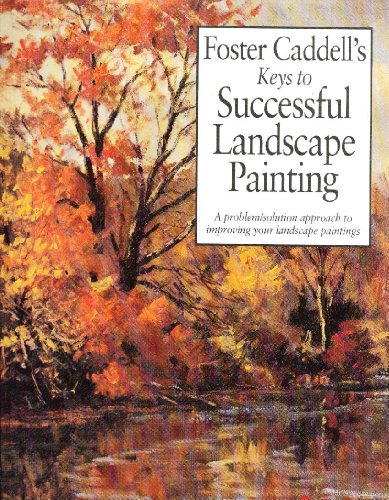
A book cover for Foster Caddell's Keys to Successful Landscape Painting: A Problem/Solution Approach to Improving Your Landscape Paintings; Foster Caddell; Arts & Photography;